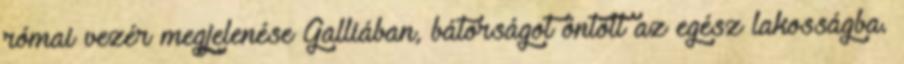
római vezér megjelenése Galliában, bátorságot öntött az egész lakosságba.